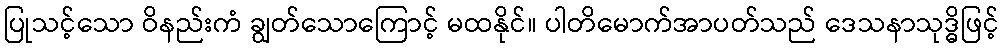
ပြုသင့်သော ဝိနည်းကံ ချွတ်သောကြောင့် မထနိုင်။ ပါတိမောက်အာပတ်သည် ဒေသနာသုဒ္ဓိဖြင့်